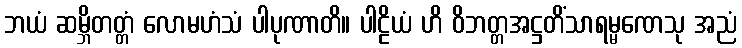
ဘယံ ဆမ္ဘိတတ္တံ လောမဟံသံ ပါပုဏာတိ။ ပါဠိယံ ဟိ ဝိဘတ္တအဋ္ဌတိံသာရမ္မဏေသု အညံ